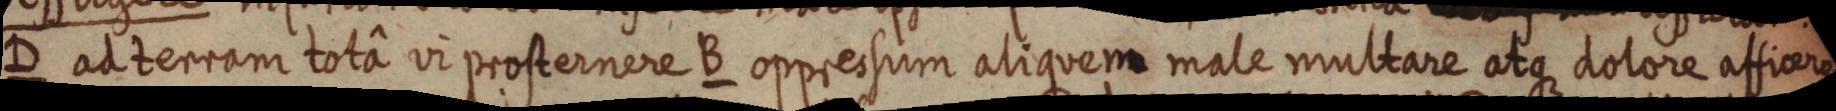
D ad terram totâ vi prosternere B oppressum aliquem male multare atque dolore afficere